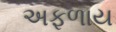
અફળાય